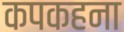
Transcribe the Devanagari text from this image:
कपकहना